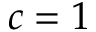
c = 1